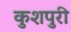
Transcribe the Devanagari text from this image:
कुशपुरी